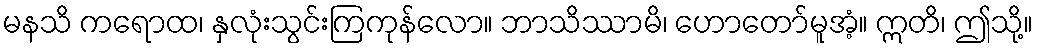
မနသိ ကရောထ၊ နှလုံးသွင်းကြကုန်လော။ ဘာသိဿာမိ၊ ဟောတော်မူအံ့။ ဣတိ၊ ဤသို့။